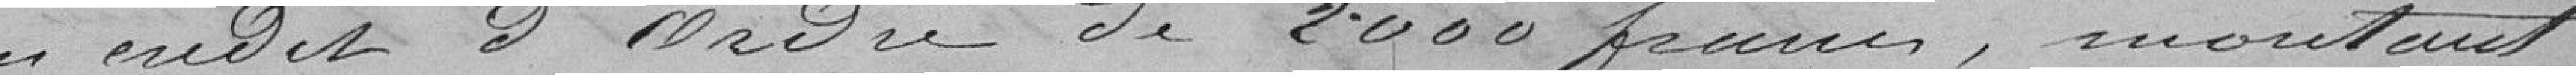
un crédit d'Ordre de 2000 francs , montant